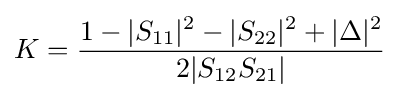
K={\frac {1-|S_{11}|^{2}-|S_{22}|^{2}+|\Delta |^{2}}{2|S_{12}S_{21}|}}